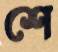
শে